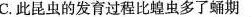
C.此昆虫的发育过程比蝗虫多了蛹期